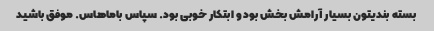
بسته بندیتون بسیار آرامش بخش بود و ابتکار خوبی بود. سپاس باماهاس. موفق باشید